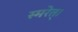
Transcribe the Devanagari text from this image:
स्मरेत्‌।